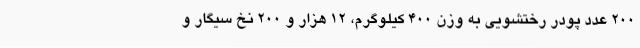
200 عدد پودر رختشویی به وزن 400 کیلوگرم، 12 هزار و 200 نخ سیگار و